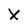
Character: X